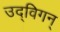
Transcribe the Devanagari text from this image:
उद्विगन्